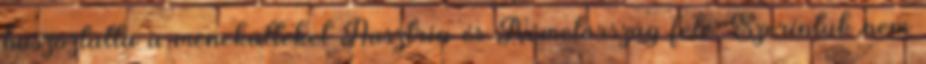
buszoztatta a menekülteket Ausztria és Németország felé. Szerintük nem